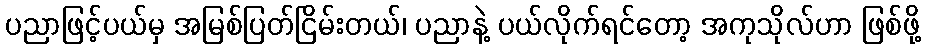
ပညာဖြင့်ပယ်မှ အမြစ်ပြတ်ငြိမ်းတယ်၊ ပညာနဲ့ ပယ်လိုက်ရင်တော့ အကုသိုလ်ဟာ ဖြစ်ဖို့